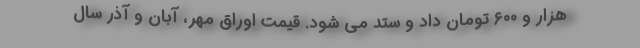
هزار و ۶۰۰ تومان داد و ستد می شود. قیمت اوراق مهر، آبان و آذر سال